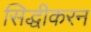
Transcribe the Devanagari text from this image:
सिद्धीकरन